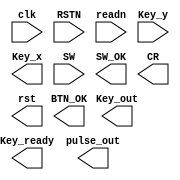
module SAnti_jitter(clk, RSTN, readn, Key_y, Key_x, SW, Key_out, Key_ready,
    pulse_out, BTN_OK, SW_OK, CR, rst)
    /* synthesis syn_black_box black_box_pad_pin = "clk,RSTN,readn,Key_y[3:0],Key_x[4:0],SW[15:0],Key_out[4:0],Key_ready,pulse_out[3:0],BTN_OK[3:0],SW_OK[15:0],CR,rst" */;
     input clk;
     input RSTN;
     input readn;
     input [3:0]Key_y;
     output [4:0]Key_x;
     input [15:0]SW;
     output [4:0]Key_out;
     output Key_ready;
     output [3:0]pulse_out;
     output [3:0]BTN_OK;
     output [15:0]SW_OK;
     output CR;
     output rst;
     endmodule